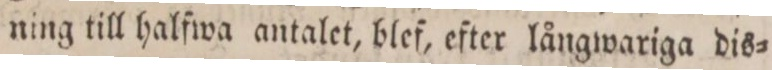
ning till halfwa antalet, blef, efter långwariga dis=